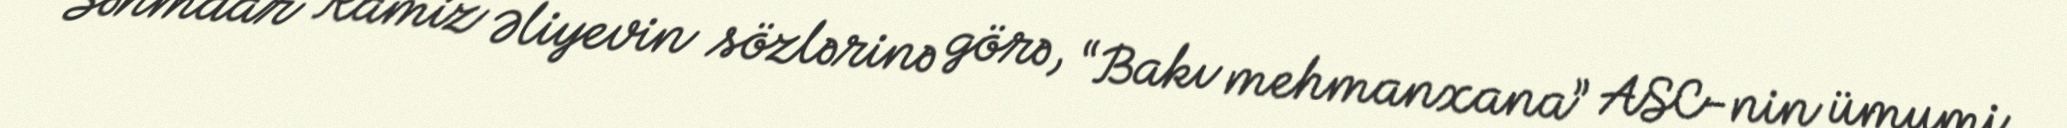
Səhmdar Ramiz Əliyevin sözlərinə görə, “Bakı mehmanxana” ASC-nin ümumi